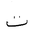
Letter: _ta